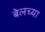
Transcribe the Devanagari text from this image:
बेलच्या